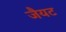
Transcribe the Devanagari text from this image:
जैयट